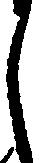
し